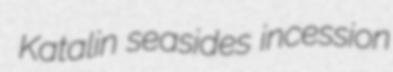
Katalin seasides incession